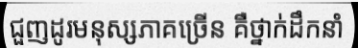
ជួញដូរមនុស្សភាគច្រើន គឺថ្នាក់ដឹកនាំ